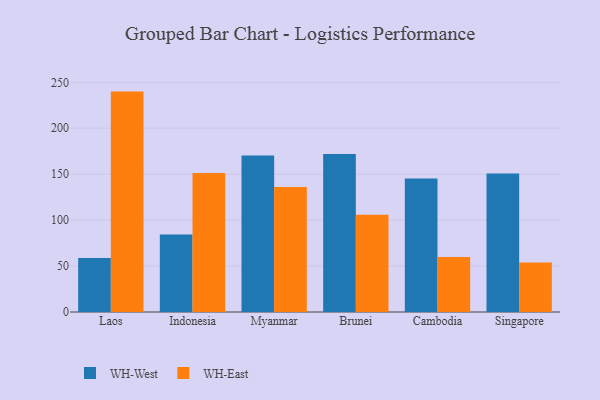
{"axis": {"x": "Country", "y": "Production Output"}, "legend": ["WH-East", "WH-West"], "data": [{"x": "Laos", "y": 58.8, "type": "WH-West"}, {"x": "Laos", "y": 239.9, "type": "WH-East"}, {"x": "Indonesia", "y": 84.3, "type": "WH-West"}, {"x": "Indonesia", "y": 151.3, "type": "WH-East"}, {"x": "Myanmar", "y": 170.3, "type": "WH-West"}, {"x": "Myanmar", "y": 136.0, "type": "WH-East"}, {"x": "Brunei", "y": 172.0, "type": "WH-West"}, {"x": "Brunei", "y": 105.8, "type": "WH-East"}, {"x": "Cambodia", "y": 145.3, "type": "WH-West"}, {"x": "Cambodia", "y": 59.9, "type": "WH-East"}, {"x": "Singapore", "y": 150.8, "type": "WH-West"}, {"x": "Singapore", "y": 53.8, "type": "WH-East"}]}